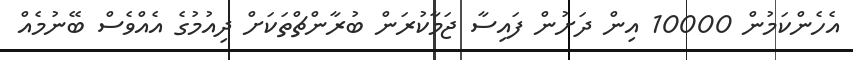
އެހެންކަމުން 10000 އިން ދަށުން ފައިސާ ޖަމާކުރަން ބުރާންޗްތަކަށް ދިއުމުގެ އެއްވެސް ބޭނުމެއް